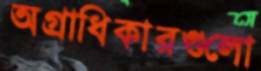
অগ্রাধিকারগুলো